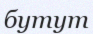
бутут